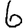
Digit: 6